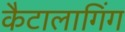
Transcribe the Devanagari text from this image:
कैटालागिंग